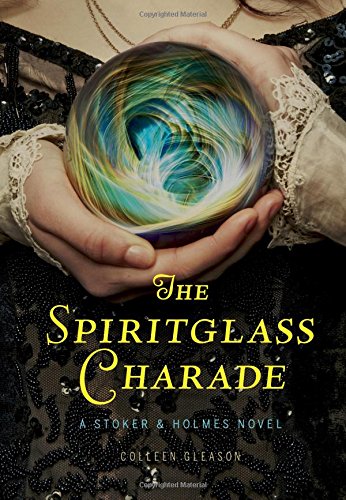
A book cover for The Spiritglass Charade: A Stoker & Holmes Novel; Colleen Gleason; Teen & Young Adult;